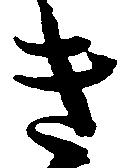
き